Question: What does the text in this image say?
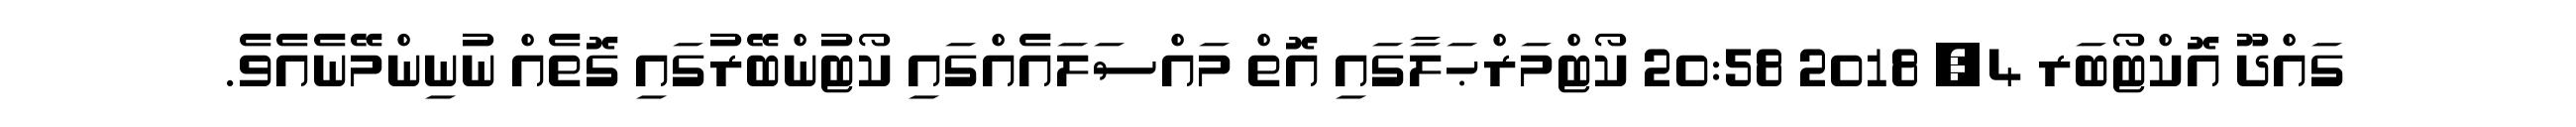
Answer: ގައްދޫ އޮކްޓޯބަރ 4, 2018 20:58 ކޯޓްމަރްޙަލާގައި އޮތް މައްސަލައެއްގައި ކޯޓުންބޭރުގައި ގޮތެއް ނުނިންމޭނެއެވެ.